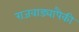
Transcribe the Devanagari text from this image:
राजवाड्यापैकी